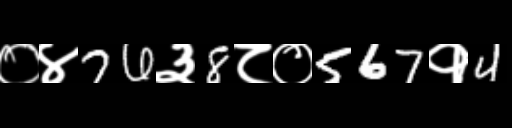
Text: ०४76३8८०567१4